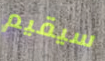
سيقيم